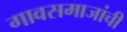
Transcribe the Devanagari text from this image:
गावसमाजांची